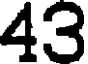
43